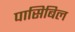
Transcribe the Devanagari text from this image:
पासिबिल